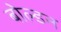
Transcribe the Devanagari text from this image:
बोल्डन